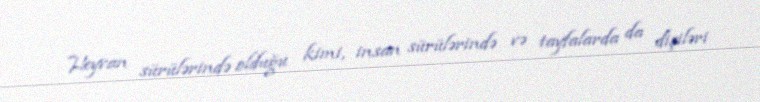
Heyvan sürülərində olduğu kimi, insan sürülərində və tayfalarda da dişiləri